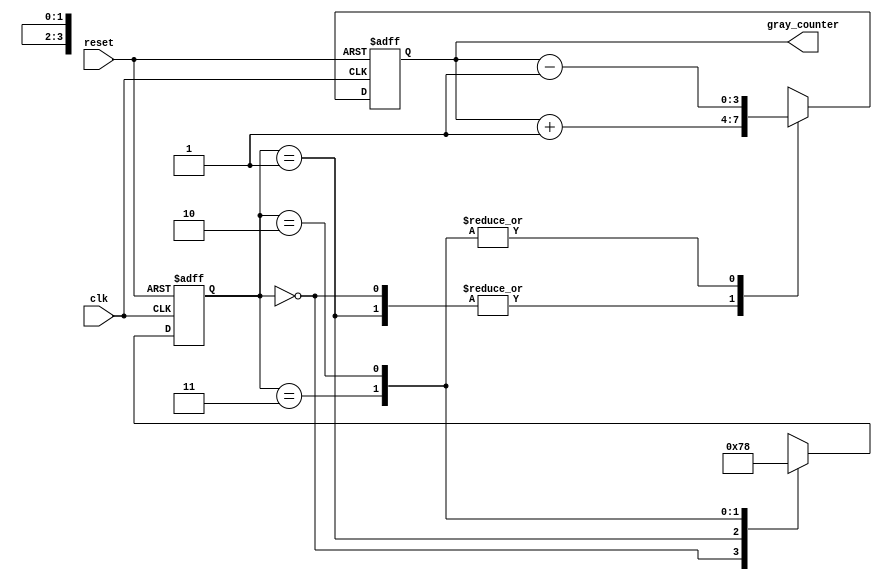
module gray_counter_clock_divider (
  input wire clk,
  input wire reset,
  output reg [3:0] gray_counter
);

reg [1:0] state;
parameter STATE_00 = 2'b00;
parameter STATE_01 = 2'b01;
parameter STATE_11 = 2'b11;
parameter STATE_10 = 2'b10;

always @(posedge clk or posedge reset) begin
  if (reset) begin
    state <= STATE_00;
    gray_counter <= 4'b0000;
  end else begin
    case (state)
      STATE_00: begin
        state <= STATE_01;
        gray_counter <= gray_counter + 1;
      end
      STATE_01: begin
        state <= STATE_11;
        gray_counter <= gray_counter + 1;
      end
      STATE_11: begin
        state <= STATE_10;
        gray_counter <= gray_counter - 1;
      end
      STATE_10: begin
        state <= STATE_00;
        gray_counter <= gray_counter - 1;
      end
    endcase
  end
end

endmodule